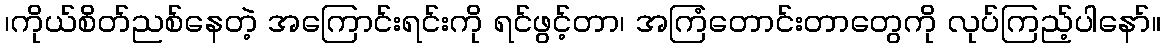
၊ကိုယ်စိတ်ညစ်နေတဲ့ အကြောင်းရင်းကို ရင်ဖွင့်တာ၊ အကြံတောင်းတာတွေကို လုပ်ကြည့်ပါနော်။